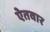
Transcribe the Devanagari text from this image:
ऐतवार